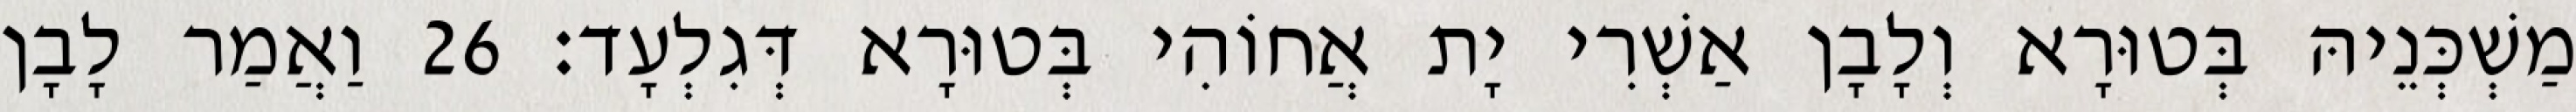
מַשְׁכְּנֵיהּ בְּטוּרָא וְלָבָן אַשְׁרִי יָת אֲחוֹהִי בְּטוּרָא דְּגִלְעָד׃ 26 וַאֲמַר לָבָן